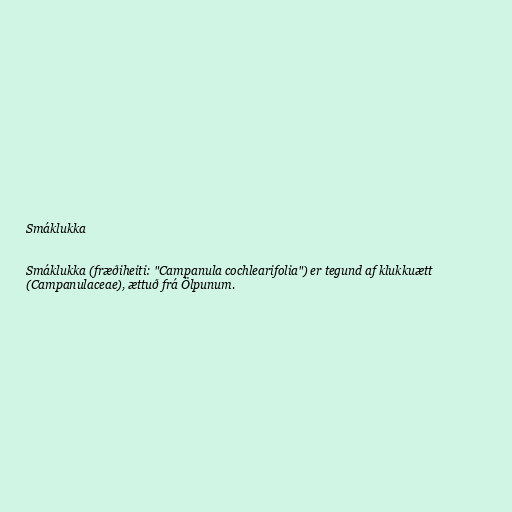
Smáklukka

Smáklukka (fræðiheiti: "Campanula cochlearifolia") er tegund af klukkuætt
(Campanulaceae), ættuð frá Ölpunum.